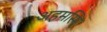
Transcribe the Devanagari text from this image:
अहमस्मि